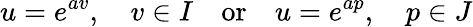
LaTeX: u=e^{av},\quad v\in I\quad{\mathrm{or}}\quad u=e^{ap},\quad p\in J